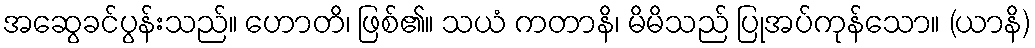
အဆွေခင်ပွန်းသည်။ ဟောတိ၊ ဖြစ်၏။ သယံ ကတာနိ၊ မိမိသည် ပြုအပ်ကုန်သော။ (ယာနိ)